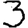
Digit: 3